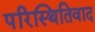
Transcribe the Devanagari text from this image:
परिस्थितिवाद